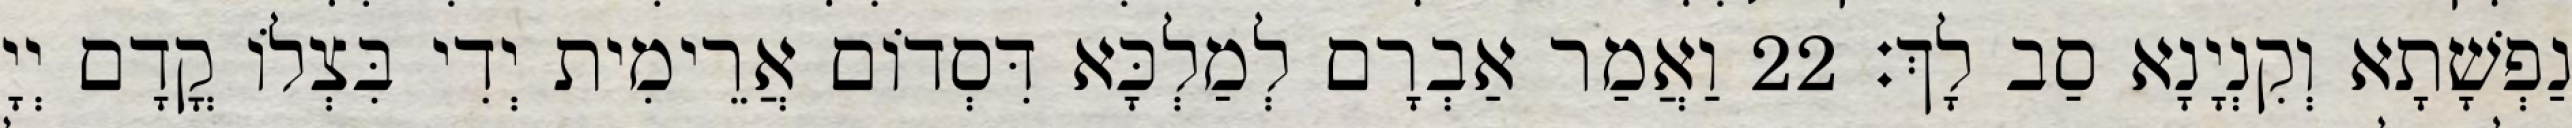
נַפְשָׁתָא וְקִנְיָנָא סַב לָךְ׃ 22 וַאֲמַר אַבְרָם לְמַלְכָּא דִּסְדוֹם אֲרֵימִית יְדִי בִּצְלוֹ קֳדָם יְיָ